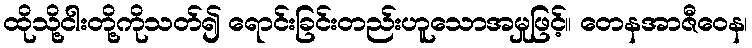
ထိုသို့ငါးတို့ကိုသတ်၍ ရောင်းခြင်းတည်းဟူသောအမှုဖြင့်။ တေနအာဇီဝေန၊